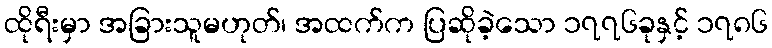
ထိုရီးမှာ အခြားသူမဟုတ်၊ အထက်က ပြဆိုခဲ့သော ၁၇၇၆ခုနှင့် ၁၇၈၆